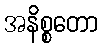
အနိစ္စတော